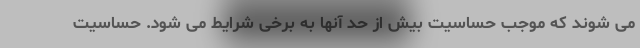
می شوند که موجب حساسیت بیش از حد آنها به برخی شرایط می شود. حساسیت